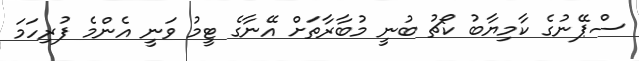
ސްޕޭނުގެ ކާމިޔާބު ކޯޗު ބުނީ މުބާރާތަށް އޭނާގެ ޓީމު ވަނީ އެންމެ ފުރިހަމަ